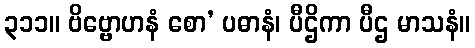
၃၁၁။ ဗိဗ္ဗောဟနံ စော’ ပဓာနံ၊ ပီဌိကာ ပီဌ မာသနံ။